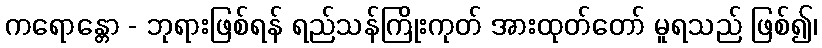
ကရောန္တော - ဘုရားဖြစ်ရန် ရည်သန်ကြိုးကုတ် အားထုတ်တော် မူရသည် ဖြစ်၍၊